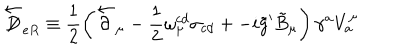
\overleftarrow { \not \! \! D } _ { e R } \equiv \frac { 1 } { 2 } \left( \overleftarrow { \partial } _ { \mu } - \frac { 1 } { 2 } \omega _ { \mu } ^ { c d } \sigma _ { c d } + - i \tilde { g } ^ { \prime } \tilde { B } _ { \mu } \right) \gamma ^ { a } V _ { a } ^ { \mu }